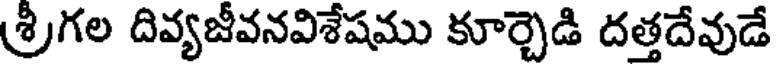
శ్రీగల దివ్యజీవనవిశేషము కూర్చెడి దత్తదేవుడే